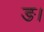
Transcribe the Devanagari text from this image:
ङ।